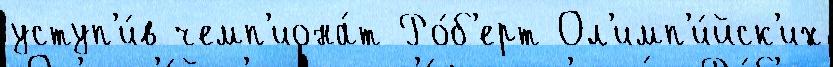
уступ'и́в чемп'иона́т Ро́б'ерт Ол'имп'и́йск'их